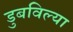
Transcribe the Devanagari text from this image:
डुबविल्या